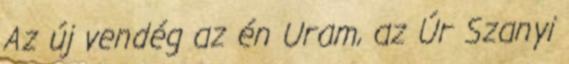
Az új vendég az én Uram, az Úr Szanyi